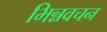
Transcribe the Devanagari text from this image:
भिन्नवचन